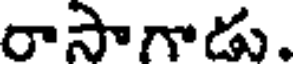
రాసాగాడు.